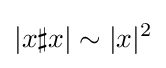
|x\sharp x|\sim |x|^{2}